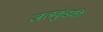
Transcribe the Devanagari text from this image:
जलकुंडकी